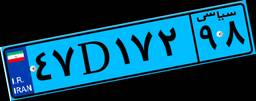
۴۷D۱۷۲۹۸